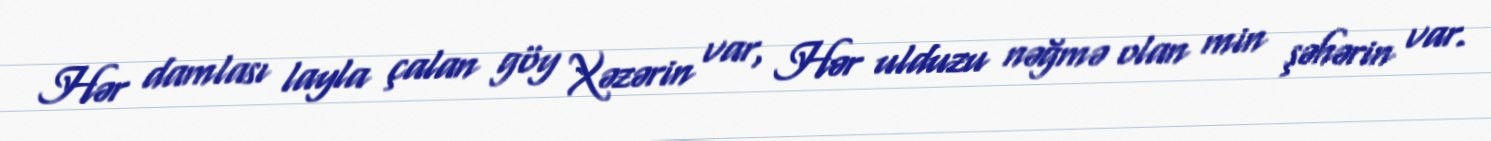
Hər damlası layla çalan göy Xəzərin var, Hər ulduzu nəğmə olan min şəhərin var.